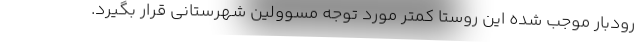
رودبار موجب شده این روستا کمتر مورد توجه مسوولین شهرستانی قرار بگیرد.